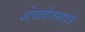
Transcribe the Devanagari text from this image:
शेवार्दजनाद्जे